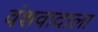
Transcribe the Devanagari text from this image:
वंशवादाला